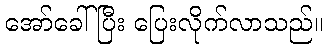
အော်ခေါ်ပြီး ပြေးလိုက်လာသည်။